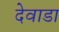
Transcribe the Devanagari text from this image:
देवाडा